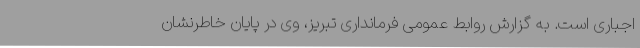
اجباری است. به گزارش روابط عمومی فرمانداری تبریز، وی در پایان خاطرنشان